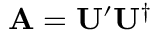
\mathbf { A } = \mathbf { U } ^ { \prime } \mathbf { U } ^ { \dagger }